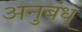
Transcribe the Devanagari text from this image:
अनुबंध्